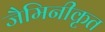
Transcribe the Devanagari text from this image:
जैमिनीकृत